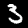
Label: 3